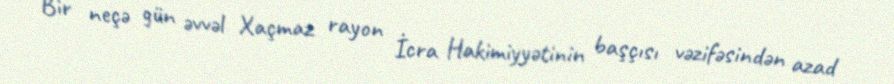
Bir neçə gün əvvəl Xaçmaz rayon İcra Hakimiyyətinin başçısı vəzifəsindən azad